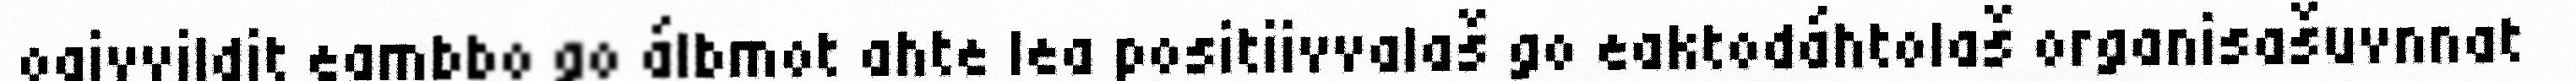
oaivvildit eambbo go álbmot ahte lea positiivvalaš go eaktodáhtolaš organisašuvnnat